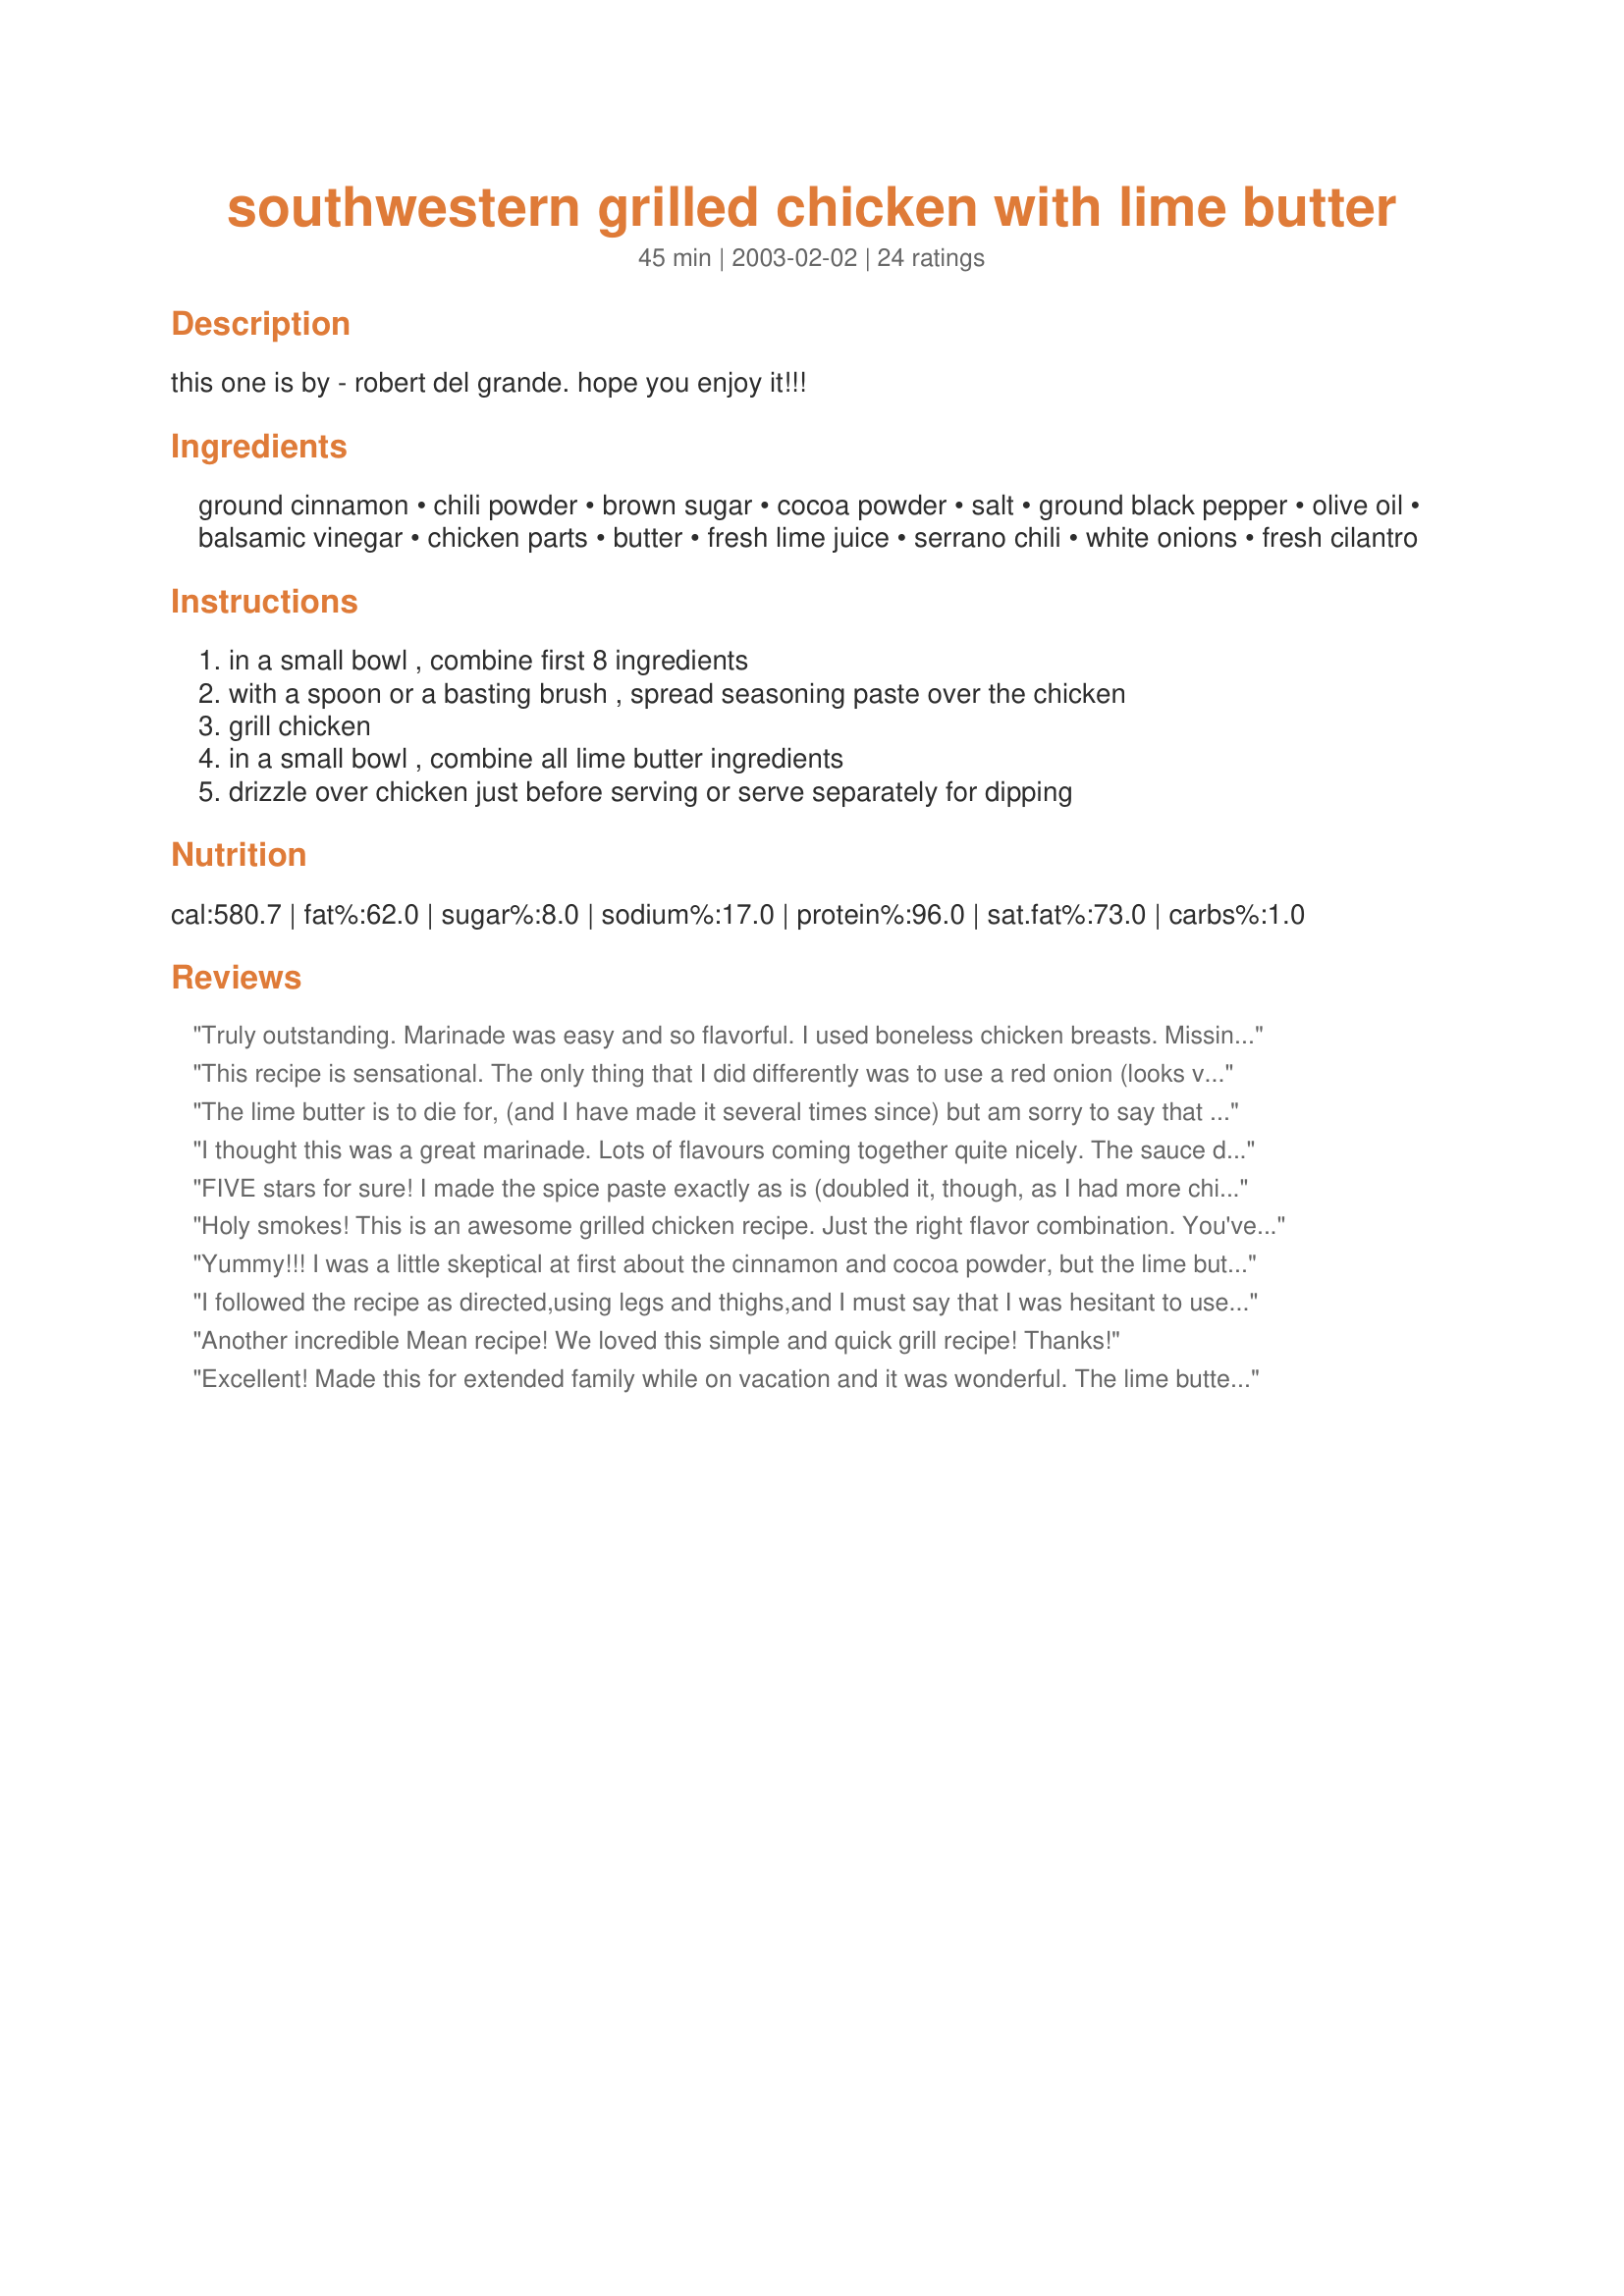
southwestern grilled chicken with lime butter
Preparation time: 45 minutes

this one is by - robert del grande. hope you enjoy it!!!

Ingredients:
ground cinnamon, chili powder, brown sugar, cocoa powder, salt, ground black pepper, olive oil, balsamic vinegar, chicken parts, butter, fresh lime juice, serrano chili, white onions, fresh cilantro

Steps:
in a small bowl , combine first 8 ingredients, with a spoon or a basting brush , spread seasoning paste over the chicken, grill chicken, in a small bowl , combine all lime butter ingredients, drizzle over chicken just before serving or serve separately for dipping

Reviews:
Truly outstanding. Marinade was easy and so flavorful. I used boneless chicken breasts. Missing the chili for the lime butter but it was still a great addition.
This recipe is sensational. The only thing that I did differently was to use a red onion (looks very pretty with the corriander) and nearly double the sauce as it was so good. I served this with rice and everyone loved it. Thanks so much for posting this winner.
The lime butter is to die for, (and I have made it several times since) but am sorry to say that we didn't like the chicken as much, it was rather dry. I think the butter deserves 5 stars and the chicken only 3 stars, hence my rating for this dish.
I thought this was a great marinade. Lots of flavours coming together quite nicely. 

The sauce definitely adds to the experience. I didn't have any limes or even lemons, so added a splash of apple juice instead and that tasted great, so cant wait to try it with the real stuff.

Thanks for posting!
FIVE stars for sure! I made the spice paste exactly as is (doubled it, though, as I had more chicken), and refrigerated the chicken for a couple hours, uncovered. We grilled it over a charcoal fire and the chicken was extremely moist, and very flavorful. I didn't have all the ingredients for the lime butter (but had my heart set on making this dish), so am only rating the chicken part, but the butter, even with my necessary substitutions, was tasty, and accented the flavor of the chicken very well. My substitutions were ground jalapenos for the serrano (could NOT find any hot peppers in my market...or fresh cilantro) and dried cilantro for fresh (let it hydrate in the butter/lime mix for quite a while). Sorry, Mean, I had to make the substitutions, but the chicken was truly outstanding! (and again, even though the lime butter wasn't to "spec", it was still tasty).
Holy smokes! This is an awesome grilled chicken recipe. Just the right flavor combination. You've just gotta try this. I loved it with the lime butter but it's fantastic on it's own, too. Just be near the grill as it does tend to flame up a bit, and you don't want it to burn! Excellent recipe. Thanks!
Yummy!!! I was a little skeptical at first about the cinnamon and cocoa powder, but the lime butter intrigued me so I decided to give it a go. I am so glad I did! I probably used only about 2 lbs of chicken thighs and drumsticks, but the full amount of marinade. Mine was more watery than paste like, but that is probably because I eye-balled the oil and vinegar measurements... I did let it marinate for about 2 hours before grilling. I grilled the chicken on a fairly low heat to avoid flare ups and it worked well. It smelled so good while grilling... my BF and 2 dogs stood outside keeping me company the whole time I was grilling and that doesn't happen often! The chicken was so juicy and well seasoned. Didn't taste anything like cocoa or cinnamon...it had a very unique aroma, but I couldn't put my finger on it. When I told my BF the "secret" ingredients, he didn't believe me! I had to use a Thai chili instead of the serrano...I was a little scared it might be too hot , but was just right. We both liked the lime butter, but I thought the chicken was tasty on its own. I did freeze the leftover butter to use next time we have this. Thank you so much for sharing this deliciously different chicken!!!
I followed the recipe as directed,using legs and thighs,and I must say that I was hesitant to use cocoa and cinnamon in the marinade...it was WONDERFUL!!!I poured the marinade over the chicken right before I put it on the grill,I seared the chicken then moved it to the middle rack and basted it with the rest of the sauce.The chicken has the appearance, when done, of being sorta burnt,but it isn't,it's the dark marinade.After I took the chicken up I poured the lime butter over all of it and my family devoured it like it was their last meal.This is one of those recipes that suprises ya,the blend of flavors is mouthwatering.Out of all the chicken marinades that I have tried this one is by far my favorite and I cannot wait to get some more chicken legs!!
Another incredible Mean recipe! We loved this simple and quick grill recipe! Thanks!
Excellent! Made this for extended family while on vacation and it was wonderful. The lime butter adds a really nice touch. Great spice blend on the chicken as well.
I used skinless, boneless chicken breasts. I put the baste right on the chicken like a marinade for several hours. I fixed the sauce in the food processor so it would chop up the cilantro really well. My DH doesn't care for cilantro so I tried to hide it. The lime juice tames the cilantro down (DH says cilantro tastes like "dirt). He didn't even know it was in there! The lime juice and cilantro balances out well and is excellent on the chicken! I served this with the "quick spanish rice" recipe. I can't tell you how great this meal was!!!!
I made the lime butter for our steaks and it was delicious! I'm anxious to put it on chicken and either grill or bake it. The Lime Butter can be used for so many dishes - thanks for sharing!!!
5 Stars and 2 Thumbs Up ALL the way!! This is probably the best grilled chicken I've had in a LONG time! About three hours before grilling time I set the chicken thighs skin side down on our grilling platter and marinated the meat portion only. Once it came time to grill the chicken it was basted and flipped every 3-4 minutes to keep the mixture from burning until it was done. I already had some Jalapeno/Lime Butter in the fridge from a previous recipe and used it to drizzle over the individual servings as needed. It sent the chicken Over The Top!! I even reserved a tablespoon or so as soon as I made the mixture and drizzled over some carrots that I planned on grilling. I let them marinate for several hours and they came out awesome as well! We absolutely LOVED this!! Made for All Fired Up Grilling Photo Tag.
WOW this is fantastic! Such great flavors both from the butter and the meat rub/paste. It was so simple to put together too, which always makes a recipe better in my opinion. I didn't change a thing, except I had to use dairy free margarine for our diet restrictions. I let the meat marinade for about 30-40 minutes before grilling on our foreman grill. And I ran the butter through the food processor. Definitely a keeper!
YUMMMMMM.
Great flavor! Loved the cilantro lime butter!
This was excellent... even my picky husband who I was sure would turn his nose up at cinnamon and cocoa on chicken loved it. I had 4 boneless skinless chicken breasts, halved the seasoning paste and let it marinate for an hour. I needed the full amount of lime butter and could have used a bit more. As always, I cut way back on the cilantro because I think the taste is so strong. I served this with Spanish rice, pico de gallo, fresh cucumbers and mojitos.
I was initally a little skeptical about the cinnamon and cocoa but I finally got around to trying this recipe and now I understand why it received so many five star reviews. We used boneless skinless chicken breasts. The chicken was flavorful and very tender and moist! We really enjoyed the lime butter. I think it made the dish and it gave it sort of a South American flair. We are cilantro lovers. The only change that I will make next time.....and there will be a next time.....is to increase the amount of salt in the marinade slightly.
This was an interesting flavour for chicken. I have never used cocoa for anything other than cookies, cakes or brownies before! We really liked the flavour of the chicken BEFORE the addition of the lime butter. I did actually drizzle it all on top instead of leaving on the side like I should have. I thought the lime butter was not really needed to compliment the chicken and I also found out that the rest of my family dislikes cilantro! I will be making this again but I will serve it alone. Thanks for expanding my tastes! ( I served this with Fettuccine Alfredo recipe#40837 )
Meanie, you now have my undying devotion! This was sooooooooo good! We grilled the chicken outside over charcoal. I actualy had to let the paste 'marinate' on the chicken for a few hours while I prepped everything else for dinner. My BF thought that the paste had burned during cooking but after tasting it, we figured out that it hadn't. The dipping sauce was such a great accompaniment! I have never tried chicken this way, but I will make this all the time, from now on!! Thanks soooooo much for the recipe!
This was a tastebud awakening event! My fiance and I made this together for dinner tonight (I did the prep, he did the grilling). Made as directed, except that we used boneless chicken breasts instead of bone-in parts. The flavor combinations are to die for, and the lime butter just heightens the experience. I would not, and will not in the future, change a thing.
I made this tonight for my parents and everyone loved it!! The only change I made, was I left out the cilantro as we don't like it, but the butter was an excellent addition even without.
Excellent Flavor! I made this, let it cool, sliced it thinly and placed it on top of Recipe #309043. Great way to make the salad a meal! This combo got rave reviews from my neighbors and friends!
Completely wonderful! I was leery about the cinnamon/cocoa but it turned out to be an amazing, subtle flavor. Will definitely make again.
WOW !!! I can't rate this high enough. This was delicious.. I made it for Valentines Day dinner and it was a huge hit !! The Lime butter could go on almost anything. It would be great on vegetables. I grilled 8 chicken breast and barely had enough of the paste to cover both sides but it was still the best chicken I've made. Thank you !!
